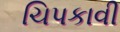
ચિપકાવી